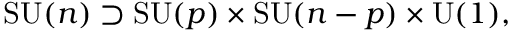
\operatorname { S U } ( n ) \supset \operatorname { S U } ( p ) \times \operatorname { S U } ( n - p ) \times \operatorname { U } ( 1 ) ,